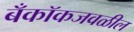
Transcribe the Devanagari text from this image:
बँकॉकजवळील